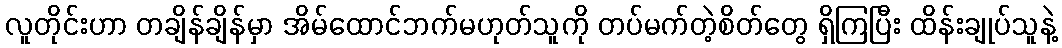
လူတိုင်းဟာ တချိန်ချိန်မှာ အိမ်ထောင်ဘက်မဟုတ်သူကို တပ်မက်တဲ့စိတ်တွေ ရှိကြပြီး ထိန်းချုပ်သူနဲ့